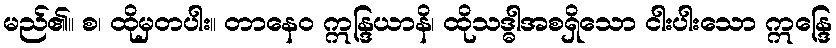
မည်၏။ စ၊ ထိုမှတပါး။ တာနေဝ ဣန္ဒြယာနိ၊ ထိုသဒ္ဓါအစရှိသော ငါးပါးသော ဣန္ဒြေ